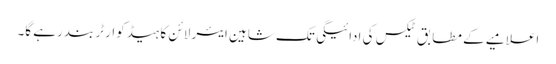
اعلامیے کے مطابق ٹیکس کی ادائیگی تک شاہین ایئر لائن کا ہیڈکوارٹر بند رہے گا۔